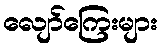
လျော်ကြေးများ